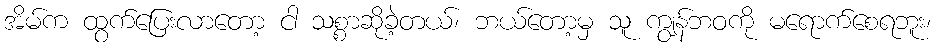
အိမ်က ထွက်ပြေးလာတော့ ငါ သစ္စာဆိုခဲ့တယ်၊ ဘယ်တော့မှ သူ ကျွန်ဘဝကို မရောက်စေရဘူး၊